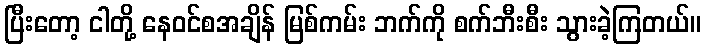
ပြီးတော့ ငါတို့ နေဝင်စအချိန် မြစ်ကမ်း ဘက်ကို စက်ဘီးစီး သွားခဲ့ကြတယ်။